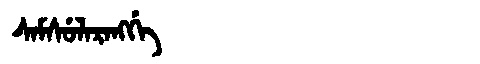
Manchu: ᠰᠠᠮᠰᡠᠯᠠᡵᠠᠩᡤᡝ
Romanization: SAMSULARANGGE